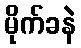
မိုက်ခနဲ